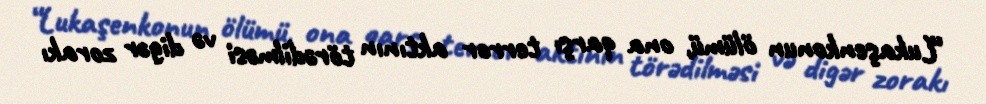
“Lukaşenkonun ölümü, ona qarşı terror aktının törədilməsi və digər zorakı